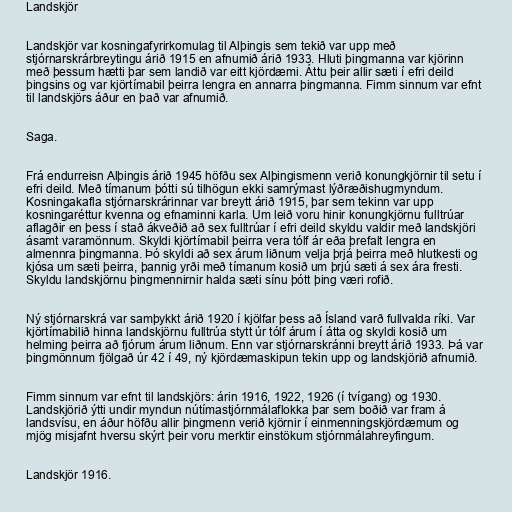
Landskjör

Landskjör var kosningafyrirkomulag til Alþingis sem tekið var upp með
stjórnarskrárbreytingu árið 1915 en afnumið árið 1933. Hluti þingmanna var kjörinn
með þessum hætti þar sem landið var eitt kjördæmi. Áttu þeir allir sæti í efri deild
þingsins og var kjörtímabil þeirra lengra en annarra þingmanna. Fimm sinnum var efnt
til landskjörs áður en það var afnumið.

Saga.

Frá endurreisn Alþingis árið 1945 höfðu sex Alþingismenn verið konungkjörnir til setu í
efri deild. Með tímanum þótti sú tilhögun ekki samrýmast lýðræðishugmyndum.
Kosningakafla stjórnarskrárinnar var breytt árið 1915, þar sem tekinn var upp
kosningaréttur kvenna og efnaminni karla. Um leið voru hinir konungkjörnu fulltrúar
aflagðir en þess í stað ákveðið að sex fulltrúar í efri deild skyldu valdir með landskjöri
ásamt varamönnum. Skyldi kjörtímabil þeirra vera tólf ár eða þrefalt lengra en
almennra þingmanna. Þó skyldi að sex árum liðnum velja þrjá þeirra með hlutkesti og
kjósa um sæti þeirra, þannig yrði með tímanum kosið um þrjú sæti á sex ára fresti.
Skyldu landskjörnu þingmennirnir halda sæti sínu þótt þing væri rofið.

Ný stjórnarskrá var samþykkt árið 1920 í kjölfar þess að Ísland varð fullvalda ríki. Var
kjörtímabilið hinna landskjörnu fulltrúa stytt úr tólf árum í átta og skyldi kosið um
helming þeirra að fjórum árum liðnum. Enn var stjórnarskránni breytt árið 1933. Þá var
þingmönnum fjölgað úr 42 í 49, ný kjördæmaskipun tekin upp og landskjörið afnumið.

Fimm sinnum var efnt til landskjörs: árin 1916, 1922, 1926 (í tvígang) og 1930.
Landskjörið ýtti undir myndun nútímastjórnmálaflokka þar sem boðið var fram á
landsvísu, en áður höfðu allir þingmenn verið kjörnir í einmenningskjördæmum og
mjög misjafnt hversu skýrt þeir voru merktir einstökum stjórnmálahreyfingum.

Landskjör 1916.